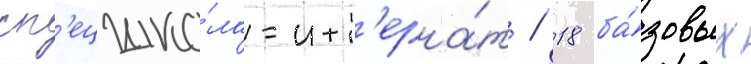
сп'ецшко́ла-инт'ерна́т / 18 ба́зовых